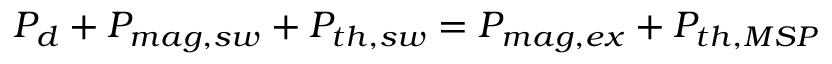
P _ { d } + P _ { m a g , s w } + P _ { t h , s w } = P _ { m a g , e x } + P _ { t h , M S P }